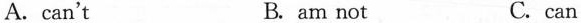
A.can't B. am not C.can